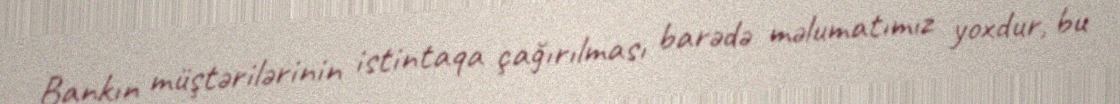
Bankın müştərilərinin istintaqa çağırılması barədə məlumatımız yoxdur, bu